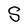
Character: S